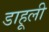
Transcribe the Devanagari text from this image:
डाहूली